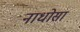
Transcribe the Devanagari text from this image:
नाधोसा